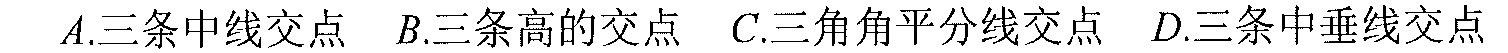
$A.三条中线交点\ \ B.三条高的交点\ \ C.三角角平分线交点\ \ D.三条中垂线交点$